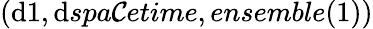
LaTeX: (\mathrm{d}1,\mathrm{d}spa\mathcal{C}etime,ensemble(1))